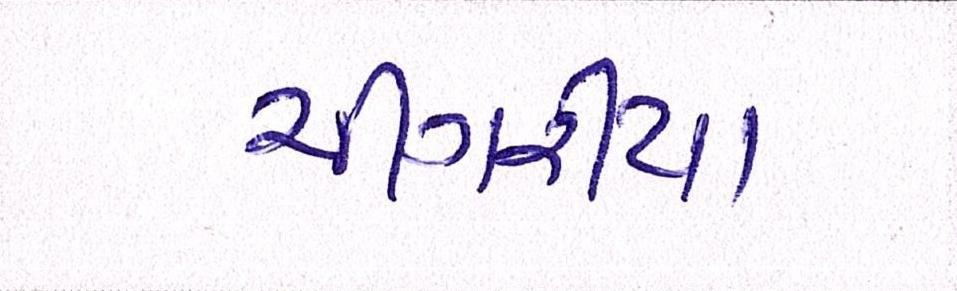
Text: ચીંગરીયા